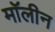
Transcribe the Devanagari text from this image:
मॉलीन